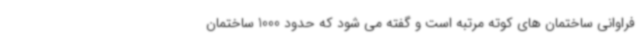
فراوانی ساختمان های کوته مرتبه است و گفته می شود که حدود 1000 ساختمان